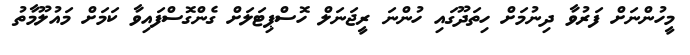
މީހުންނަށް ފަރުވާ ދިނުމަށް ހިތަދޫގައި ހުންނަ ރީޖަނަލް ހޮސްޕިޓަލަށް ގެންގޮސްފައިވާ ކަމަށް މައުލޫމާތު